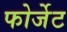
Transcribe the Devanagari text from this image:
फोर्जेट